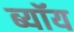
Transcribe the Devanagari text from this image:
ब्यॉय